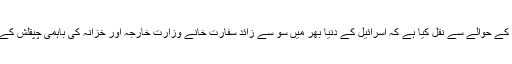
مہر خبررساں ایجنسی نے غیر ملکی ذرائع کے حوالے سے نقل کیا ہے کہ اسرائیل کے دنیا بھر میں سو سے زائد سفارت خانے وزارت خارجہ اور خزانہ کی باہمی چپقلش کے باعث 5 دنوں سے احتجاجی طور بند ہیں ۔